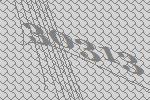
30313